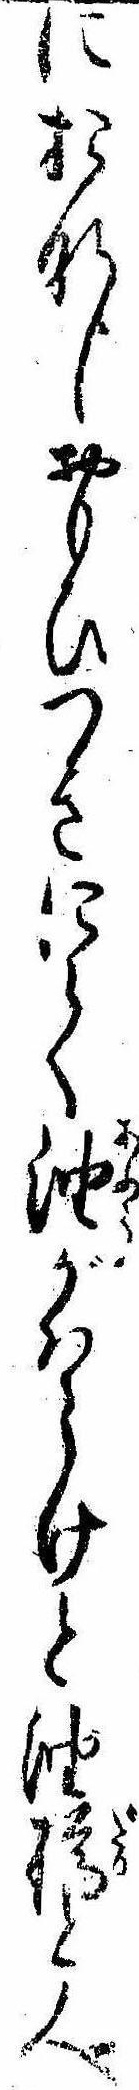
におなじおもひつきにて油がはらけと油樽と人